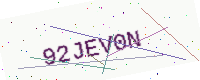
Text: 92JEV0N